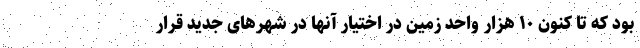
بود که تا کنون ۱۰ هزار واحد زمین در اختیار آنها در شهرهای جدید قرار